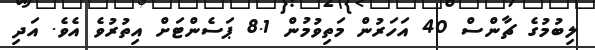
ލިބުމުގެ ޗާންސް 40 އަހަރުން މަތިވުމުން 8.1 ޕަސެންޓަށް އިތުރުވެ އެވެ. އަދި